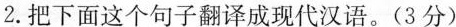
2.把下面这个句子翻译成现代汉语。(3分)